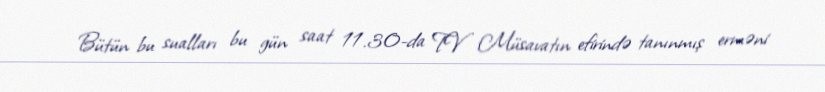
Bütün bu sualları bu gün saat 11.30-da TV Müsavatın efirində tanınmış erməni